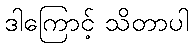
ဒါကြောင့် သိတာပါ